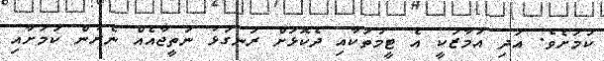
ކަމަށެވެ. އަދި އަމާޒަކީ އެ ޓީމުތަކާއި ދެކޮޅަށް ރަނގަޅު ނަތީޖާއެއް ނެރުން ކަމަށާއި